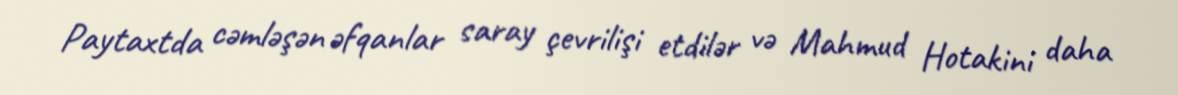
Paytaxtda cəmləşən əfqanlar saray çevrilişi etdilər və Mahmud Hotakini daha